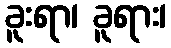
ခူးရာ၊ ခူရား၊